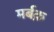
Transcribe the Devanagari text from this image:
मर्बक़